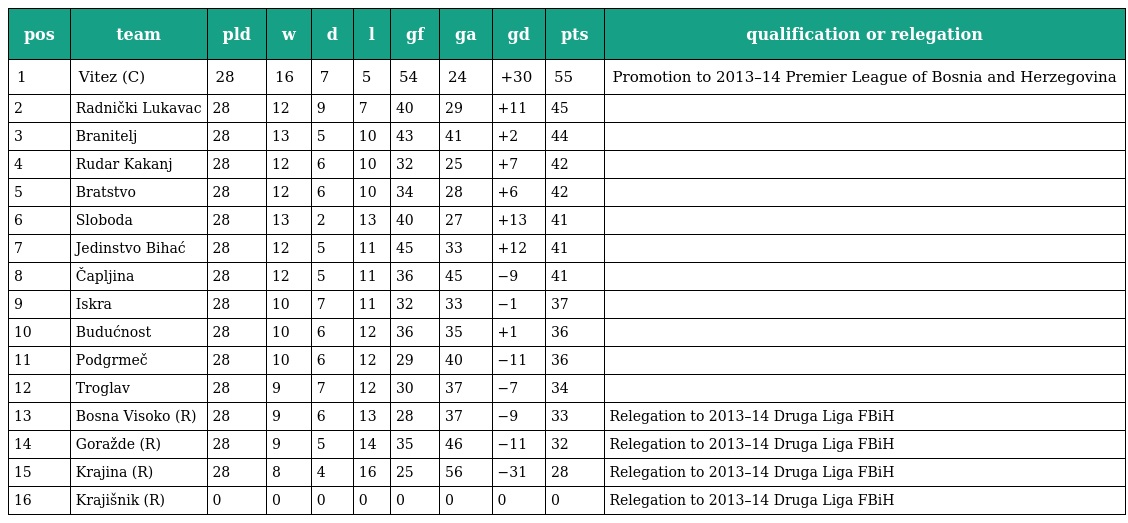
| pos | team | pld | w | d | l | gf | ga | gd | pts | qualification or relegation |
 | --- | --- | --- | --- | --- | --- | --- | --- | --- | --- | --- |
 | 1 | Vitez (C) | 28 | 16 | 7 | 5 | 54 | 24 | +30 | 55 | Promotion to 2013–14 Premier League of Bosnia and Herzegovina |
 | 2 | Radnički Lukavac | 28 | 12 | 9 | 7 | 40 | 29 | +11 | 45 |  |
 | 3 | Branitelj | 28 | 13 | 5 | 10 | 43 | 41 | +2 | 44 |  |
 | 4 | Rudar Kakanj | 28 | 12 | 6 | 10 | 32 | 25 | +7 | 42 |  |
 | 5 | Bratstvo | 28 | 12 | 6 | 10 | 34 | 28 | +6 | 42 |  |
 | 6 | Sloboda | 28 | 13 | 2 | 13 | 40 | 27 | +13 | 41 |  |
 | 7 | Jedinstvo Bihać | 28 | 12 | 5 | 11 | 45 | 33 | +12 | 41 |  |
 | 8 | Čapljina | 28 | 12 | 5 | 11 | 36 | 45 | −9 | 41 |  |
 | 9 | Iskra | 28 | 10 | 7 | 11 | 32 | 33 | −1 | 37 |  |
 | 10 | Budućnost | 28 | 10 | 6 | 12 | 36 | 35 | +1 | 36 |  |
 | 11 | Podgrmeč | 28 | 10 | 6 | 12 | 29 | 40 | −11 | 36 |  |
 | 12 | Troglav | 28 | 9 | 7 | 12 | 30 | 37 | −7 | 34 |  |
 | 13 | Bosna Visoko (R) | 28 | 9 | 6 | 13 | 28 | 37 | −9 | 33 | Relegation to 2013–14 Druga Liga FBiH |
 | 14 | Goražde (R) | 28 | 9 | 5 | 14 | 35 | 46 | −11 | 32 | Relegation to 2013–14 Druga Liga FBiH |
 | 15 | Krajina (R) | 28 | 8 | 4 | 16 | 25 | 56 | −31 | 28 | Relegation to 2013–14 Druga Liga FBiH |
 | 16 | Krajišnik (R) | 0 | 0 | 0 | 0 | 0 | 0 | 0 | 0 | Relegation to 2013–14 Druga Liga FBiH |